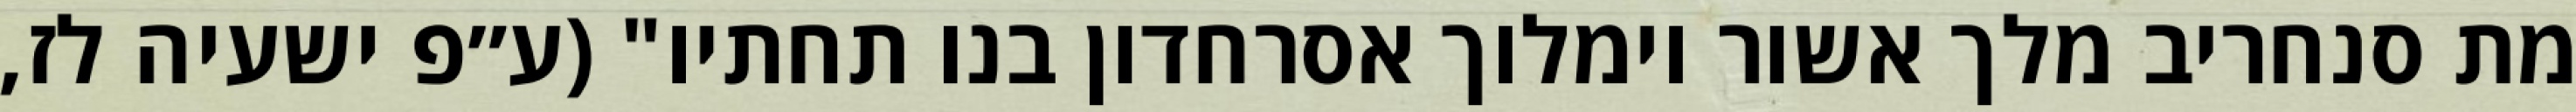
מת סנחריב מלך אשור וימלוך אסרחדון בנו תחתיו" (ע״פ ישעיה לז,